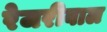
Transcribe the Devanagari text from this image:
रेजरीवाल